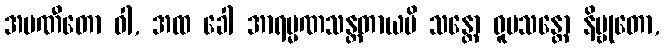
အပဏီတော ဝါ, အထ ခေါ အာရမ္မဏသန္တတာယပိ သန္တော ဝူပသန္တော နိဗ္ဗုတော,